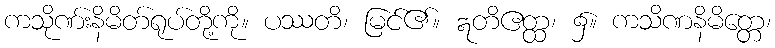
ကသိုဏ်းနိမိတ်ရုပ်တို့ကို။ ပဿတိ၊ မြင်၏။ ဣတိဧတ္ထ၊ ၌။ ကသိဏနိမိတ္တေ၊